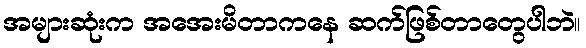
အများဆုံးက အအေးမိတာကနေ ဆက်ဖြစ်တာတွေပါဘဲ။